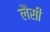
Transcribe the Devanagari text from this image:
लैसी